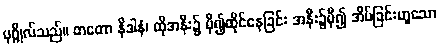
ပုဂ္ဂိုလ်သည်။ တတော နိဒါနံ၊ ထိုအနီး၌ မှီ၍ထိုင်နေခြင်း အနီး၌မှီ၍ အိပ်ခြင်းဟူသော